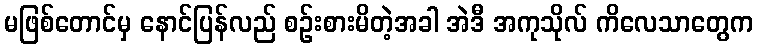
မဖြစ်တောင်မှ နောင်ပြန်လည် စဉ်းစားမိတဲ့အခါ အဲဒီ အကုသိုလ် ကိလေသာတွေက